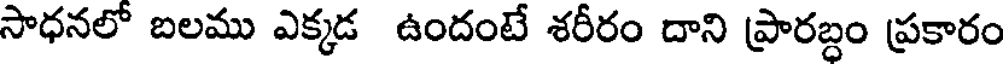
సాధనలో బలము ఎక్కడ ఉందంటే శరీరం దాని ప్రారబ్దం ప్రకారం